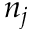
n _ { j }